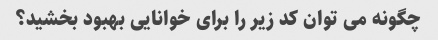
چگونه می توان کد زیر را برای خوانایی بهبود بخشید؟